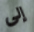
إلى